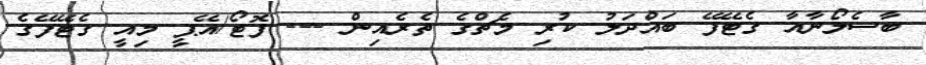
ބާސެލޯނާއާ ގެޓޭފޭ ބައްދަލު ކުރި މެޗްގެ ތެރެއިން --- ފޮޓޯ/އޭޕީ މިއީ ގެޓޭފޭގެ